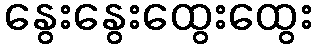
နွေးနွေးထွေးထွေး